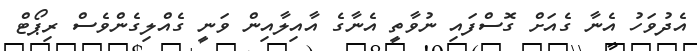
އެދުވަހު އެނާ ގެއަށް ގޮސްފައި ނުވާތީ އެނާގެ އާއިލާއިން ވަނީ ގެއްލިގެންވެސް ރިޕޯޓް